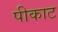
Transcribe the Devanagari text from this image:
पीकाट